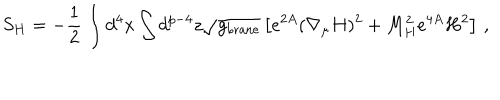
LaTeX: S _ { H } = - { \frac { 1 } { 2 } } \int d ^ { 4 } x \int d ^ { p - 4 } z \sqrt { g _ { \mathrm { b r a n e } } } \left[ e ^ { 2 A } ( \nabla _ { \mu } H ) ^ { 2 } + M _ { H } ^ { 2 } e ^ { 4 A } H ^ { 2 } \right] \, ,